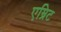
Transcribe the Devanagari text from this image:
एम्रिट